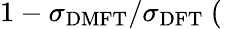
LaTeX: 1-\sigma_{\mathrm{DMFT}}/\sigma_{\mathrm{DFT}}~(\